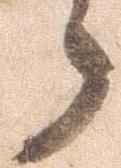
ら